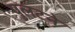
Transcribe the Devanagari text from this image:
पुलटने